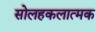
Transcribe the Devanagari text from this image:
सोलहकलात्मक